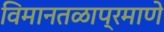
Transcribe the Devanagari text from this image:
विमानतळाप्रमाणे